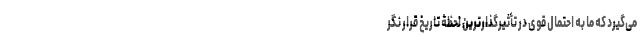
می‌گیرد که ما به احتمال قوی در تأثیر‌گذارترین لحظۀ تاریخ قرار نگر